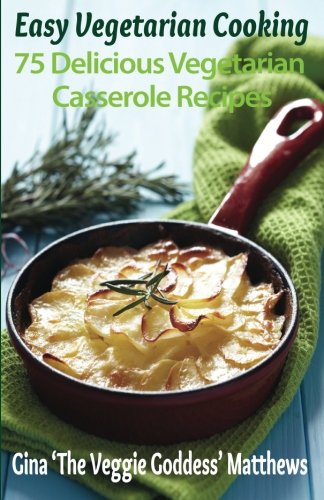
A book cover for Easy Vegetarian Cooking: 75 Delicious Vegetarian Casserole Recipes: Vegetables and Vegetarian; Gina 'The Veggie Goddess' Matthews; Cookbooks, Food & Wine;